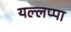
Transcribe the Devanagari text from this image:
यल्लप्पा